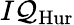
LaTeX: I{\mathcal{Q}}_{\mathrm{Hur}}